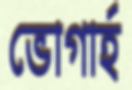
ভোগার্হ